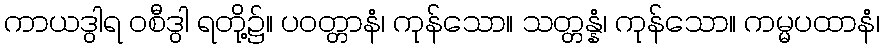
ကာယဒွါရ ဝစီဒွါ ရတို့၌။ ပဝတ္တာနံ၊ ကုန်သော။ သတ္တန္နံ၊ ကုန်သော။ ကမ္မပထာနံ၊